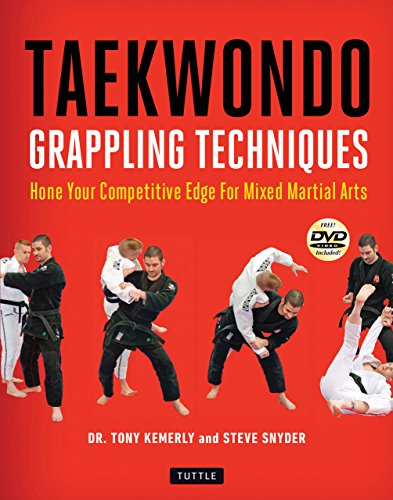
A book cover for Taekwondo Grappling Techniques: Hone Your Competitive Edge for Mixed Martial Arts [DVD Included]; Tony Kemerly Ph.D.; Sports & Outdoors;